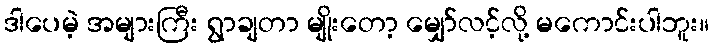
ဒါပေမဲ့ အများကြီး ရွာချတာ မျိုးတော့ မျှော်လင့်လို့ မကောင်းပါဘူး။